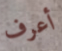
أعرف